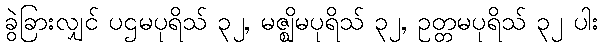
ခွဲခြားလျှင် ပဌမပုရိသ် ၃၂, မဇ္ဈိမပုရိသ် ၃၂, ဥတ္တမပုရိသ် ၃၂ ပါး